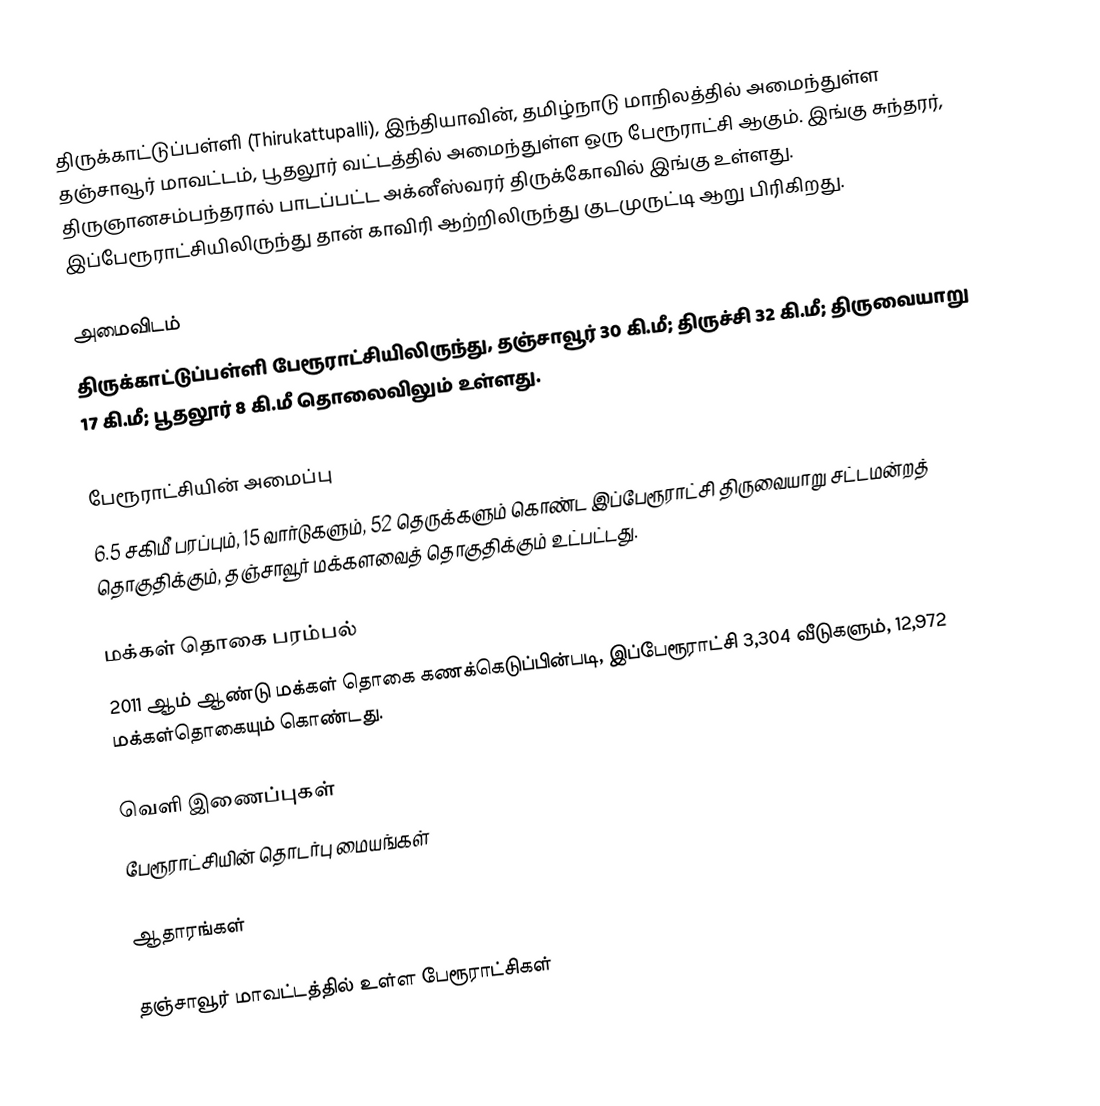
திருக்காட்டுப்பள்ளி (Thirukattupalli), இந்தியாவின், தமிழ்நாடு மாநிலத்தில் அமைந்துள்ள தஞ்சாவூர் மாவட்டம், பூதலூர் வட்டத்தில் அமைந்துள்ள ஒரு பேரூராட்சி ஆகும். இங்கு சுந்தரர், திருஞானசம்பந்தரால் பாடப்பட்ட  அக்னீஸ்வரர் திருக்கோவில் இங்கு உள்ளது. இப்பேரூராட்சியிலிருந்து தான் காவிரி ஆற்றிலிருந்து குடமுருட்டி ஆறு பிரிகிறது.

அமைவிடம்
திருக்காட்டுப்பள்ளி பேரூராட்சியிலிருந்து, தஞ்சாவூர் 30 கி.மீ; திருச்சி 32 கி.மீ;  திருவையாறு 17 கி.மீ; பூதலூர் 8 கி.மீ தொலைவிலும் உள்ளது.

பேரூராட்சியின் அமைப்பு
6.5 சகிமீ பரப்பும், 15 வார்டுகளும், 52   தெருக்களும் கொண்ட இப்பேரூராட்சி  திருவையாறு சட்டமன்றத் தொகுதிக்கும், தஞ்சாவூர் மக்களவைத் தொகுதிக்கும் உட்பட்டது.

மக்கள் தொகை பரம்பல்
2011 ஆம் ஆண்டு மக்கள் தொகை கணக்கெடுப்பின்படி, இப்பேரூராட்சி 3,304    வீடுகளும், 12,972 மக்கள்தொகையும் கொண்டது.

வெளி இணைப்புகள்
 பேரூராட்சியின் தொடர்பு மையங்கள்

ஆதாரங்கள்

தஞ்சாவூர் மாவட்டத்தில் உள்ள பேரூராட்சிகள்